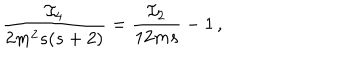
\frac { \mathcal { I } _ { 4 } } { 2 m ^ { 2 } s ( s + 2 ) } = \frac { \mathcal { I } _ { 2 } } { 1 2 m s } - 1 \, ,